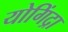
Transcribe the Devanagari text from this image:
योगिंद्रा